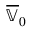
\overline { { \mathbb { V } } } _ { 0 }